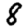
Digit: 8